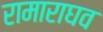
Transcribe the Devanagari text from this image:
रामाराघव